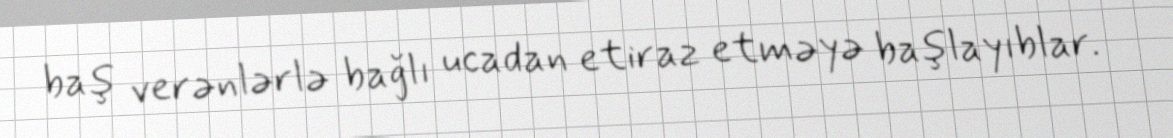
baş verənlərlə bağlı ucadan etiraz etməyə başlayıblar.